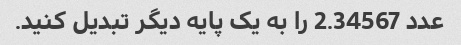
عدد 2.34567 را به یک پایه دیگر تبدیل کنید.